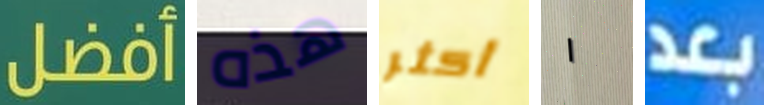
أفضل هذه أكثر ١ بعد